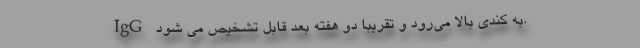
IgG به کندی بالا می‌رود و تقریباً دو هفته بعد قابل تشخیص می شود.